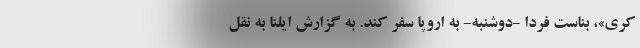
کری»، بناست فردا -‌دوشنبه- به اروپا سفر کند. به گزارش ایلنا به نقل